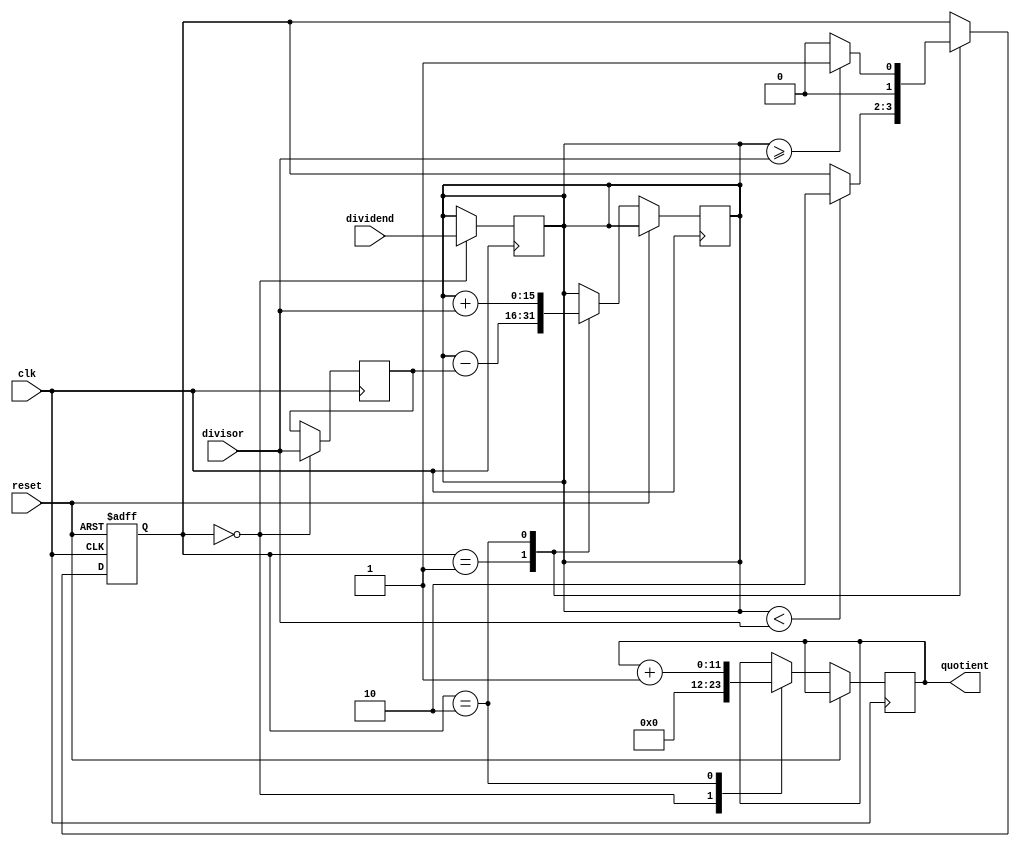
module divider (
    input wire clk,
    input wire reset,
    input wire [15:0] dividend,
    input wire [3:0] divisor,
    output reg [11:0] quotient
);

// Define states for the finite state machine
parameter IDLE = 2'b00,
          SUBTRACT = 2'b01,
          UPDATE_QUOTIENT = 2'b10;

// Define signals for the divider
reg [15:0] remainder;
reg [3:0] subtraction_value;
reg [11:0] counter;
reg [1:0] state;

// Initialize signals
always @(posedge clk or posedge reset)
begin
    if (reset) begin
        state <= IDLE;
        counter <= 0;
    end
    else begin
        case (state)
            IDLE: begin
                counter <= 0;
                quotient <= 0;
            end
            SUBTRACT: begin
                remainder <= remainder - subtraction_value;
                counter <= counter + 1;
                if (remainder < divisor) begin
                    state <= UPDATE_QUOTIENT;
                end
            end
            UPDATE_QUOTIENT: begin
                quotient <= quotient + 1;
                remainder <= remainder + divisor;
                if (remainder >= divisor) begin
                    state <= SUBTRACT;
                end
                else begin
                    state <= IDLE;
                end
            end
        endcase
    end
end

// Perform division operation
always @(posedge clk)
begin
    if (state == IDLE) begin
        remainder <= dividend;
        subtraction_value <= divisor;
    end
end

endmodule